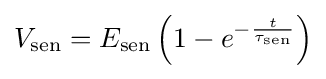
V_{\text{sen}}=E_{\text{sen}}\left(1-e^{-{\frac {t}{\tau _{\text{sen}}}}}\right)